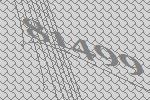
81499